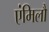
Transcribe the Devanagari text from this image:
एंमिलौ